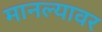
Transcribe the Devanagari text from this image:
मानल्यावर